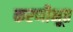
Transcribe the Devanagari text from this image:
करणीभूत